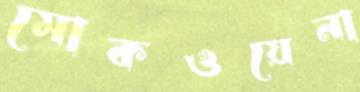
মোকওয়েনা